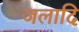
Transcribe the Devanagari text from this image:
जलादि